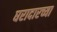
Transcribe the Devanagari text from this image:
घरादारच्या